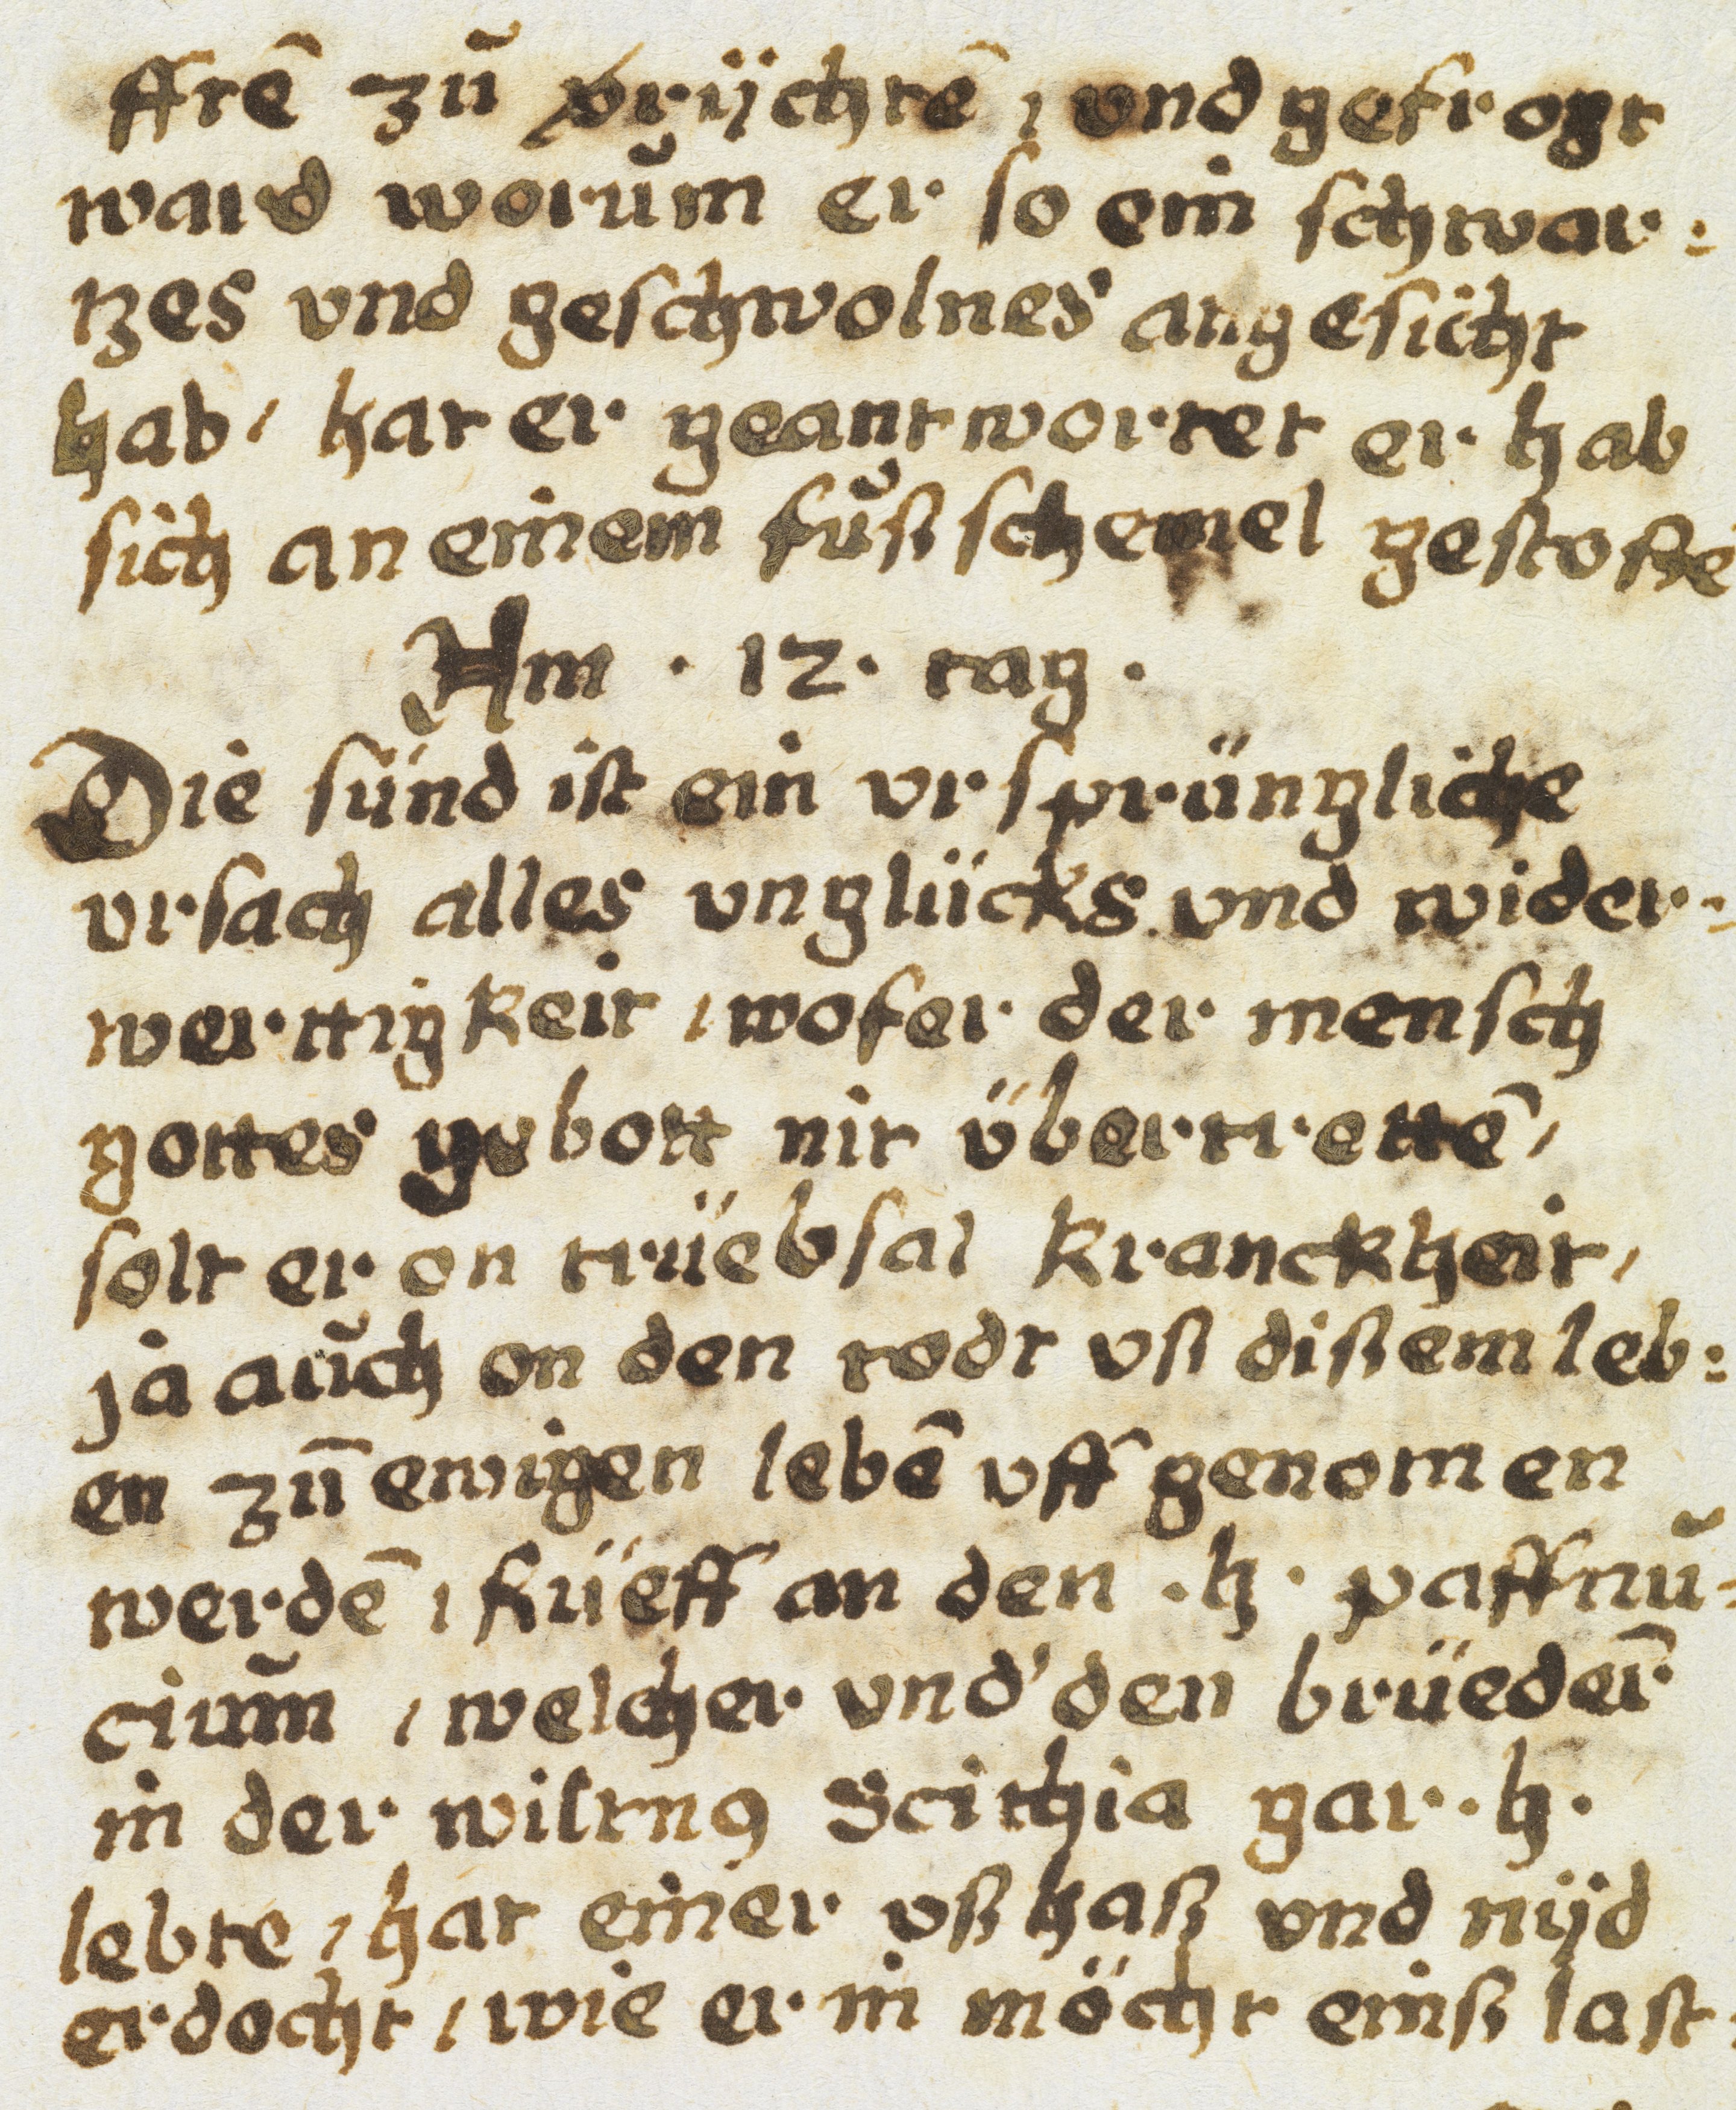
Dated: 1605–1635